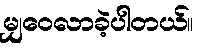
မျှဝေလာခဲ့ပါတယ်။